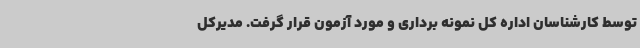
توسط کارشناسان اداره کل نمونه برداری و مورد آزمون قرار گرفت. مدیرکل